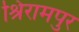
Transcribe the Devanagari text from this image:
श्रिरामपुर